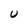
Character: U